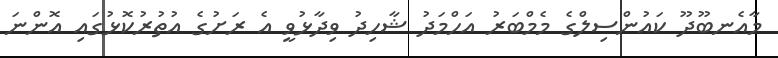
މާއެނބޫދޫ ކައުންސިލްގެ މެމްބަރު އަހްމަދު ޝާހިދު ވިދާޅުވީ އެ ރަށުގެ އުތުރުކޮޅުގައި އޮންނަ